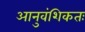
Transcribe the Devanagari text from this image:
आनुवंशिकतः